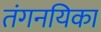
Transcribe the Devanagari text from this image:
तंगनयिका